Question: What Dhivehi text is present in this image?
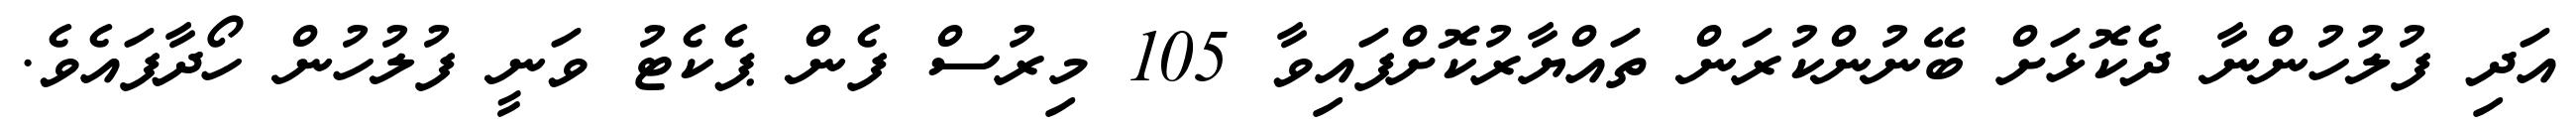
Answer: އަދި ފުލުހުންނާ ދެކޮޅަށް ބޭނުންކުރަން ތައްޔާރުކޮށްފައިވާ 105 މިރުސް ފެން ޕެކެޓު ވަނީ ފުލުހުން ހޯދާފައެވެ.